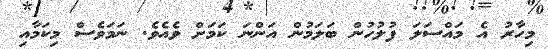
މިހާރު އެ މައްސަލަ ފުލުހުން ބަލަމުން އަންނަ ކަމަށް ވެއެވެ. ނަމަވެސް މިކަމާއި